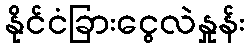
နိုင်ငံခြားငွေလဲနှုန်း